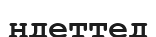
ндеттед